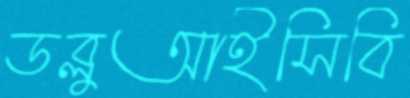
ডব্লুআইসিবি